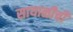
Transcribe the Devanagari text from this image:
सायाळीची